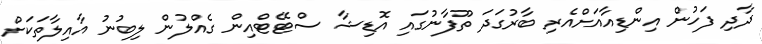
ދާދި ފަހުން އިންޑިއާއަށްއެރި ބާރުގަދަ ތޫފާނުގައި އޮޑިޝާ ސްޓޭޓްއިން ގެއްލުން ލިބުނު އާއިލާތަކަށް